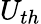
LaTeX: U_{th}